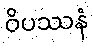
ဝိပဿနံ